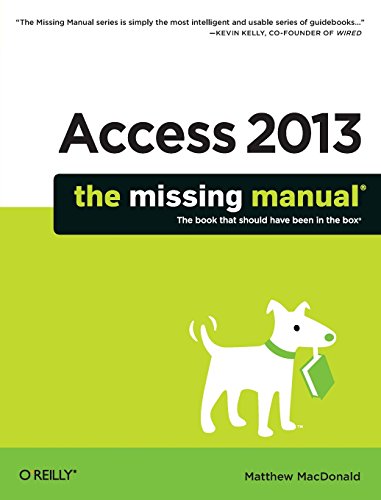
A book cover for Access 2013: The Missing Manual; Matthew MacDonald; Computers & Technology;